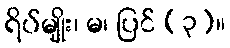
ရိပ်မျိုး၊ မ၊ ပြင် (၃)။